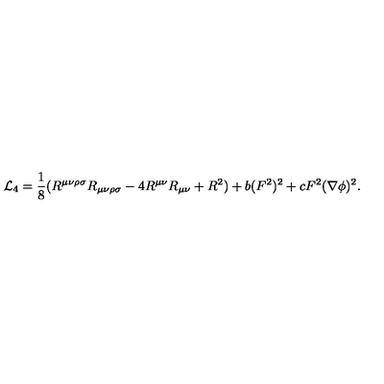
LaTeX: { \cal L } _ { 4 } = \frac { 1 } { 8 } ( R ^ { \mu \nu \rho \sigma } R _ { \mu \nu \rho \sigma } - 4 R ^ { \mu \nu } R _ { \mu \nu } + R ^ { 2 } ) + b ( F ^ { 2 } ) ^ { 2 } + c F ^ { 2 } ( \nabla \phi ) ^ { 2 } .